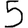
Digit: 5